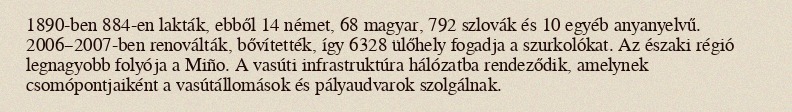
1890-ben 884-en lakták, ebből 14 német, 68 magyar, 792 szlovák és 10 egyéb anyanyelvű. 2006–2007-ben renoválták, bővítették, így 6328 ülőhely fogadja a szurkolókat. Az északi régió legnagyobb folyója a Miño. A vasúti infrastruktúra hálózatba rendeződik, amelynek csomópontjaiként a vasútállomások és pályaudvarok szolgálnak.